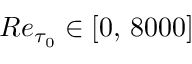
{ R e } _ { \tau _ { 0 } } \in [ 0 , \, 8 0 0 0 ]